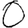
Digit: 0